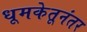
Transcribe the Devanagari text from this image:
धूमकेतूनंतर